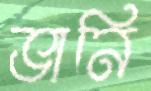
ভানি